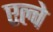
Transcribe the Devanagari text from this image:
एल्वे